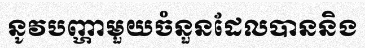
នូវបញ្ហាមួយចំនួនដែលបាននិង